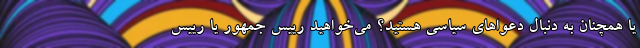
یا همچنان به دنبال دعواهای سیاسی هستید؟ می‌خواهید رییس جمهور یا رییس